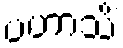
ပဟာသိံ